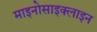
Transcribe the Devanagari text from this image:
माइनोसाइक्लाइन